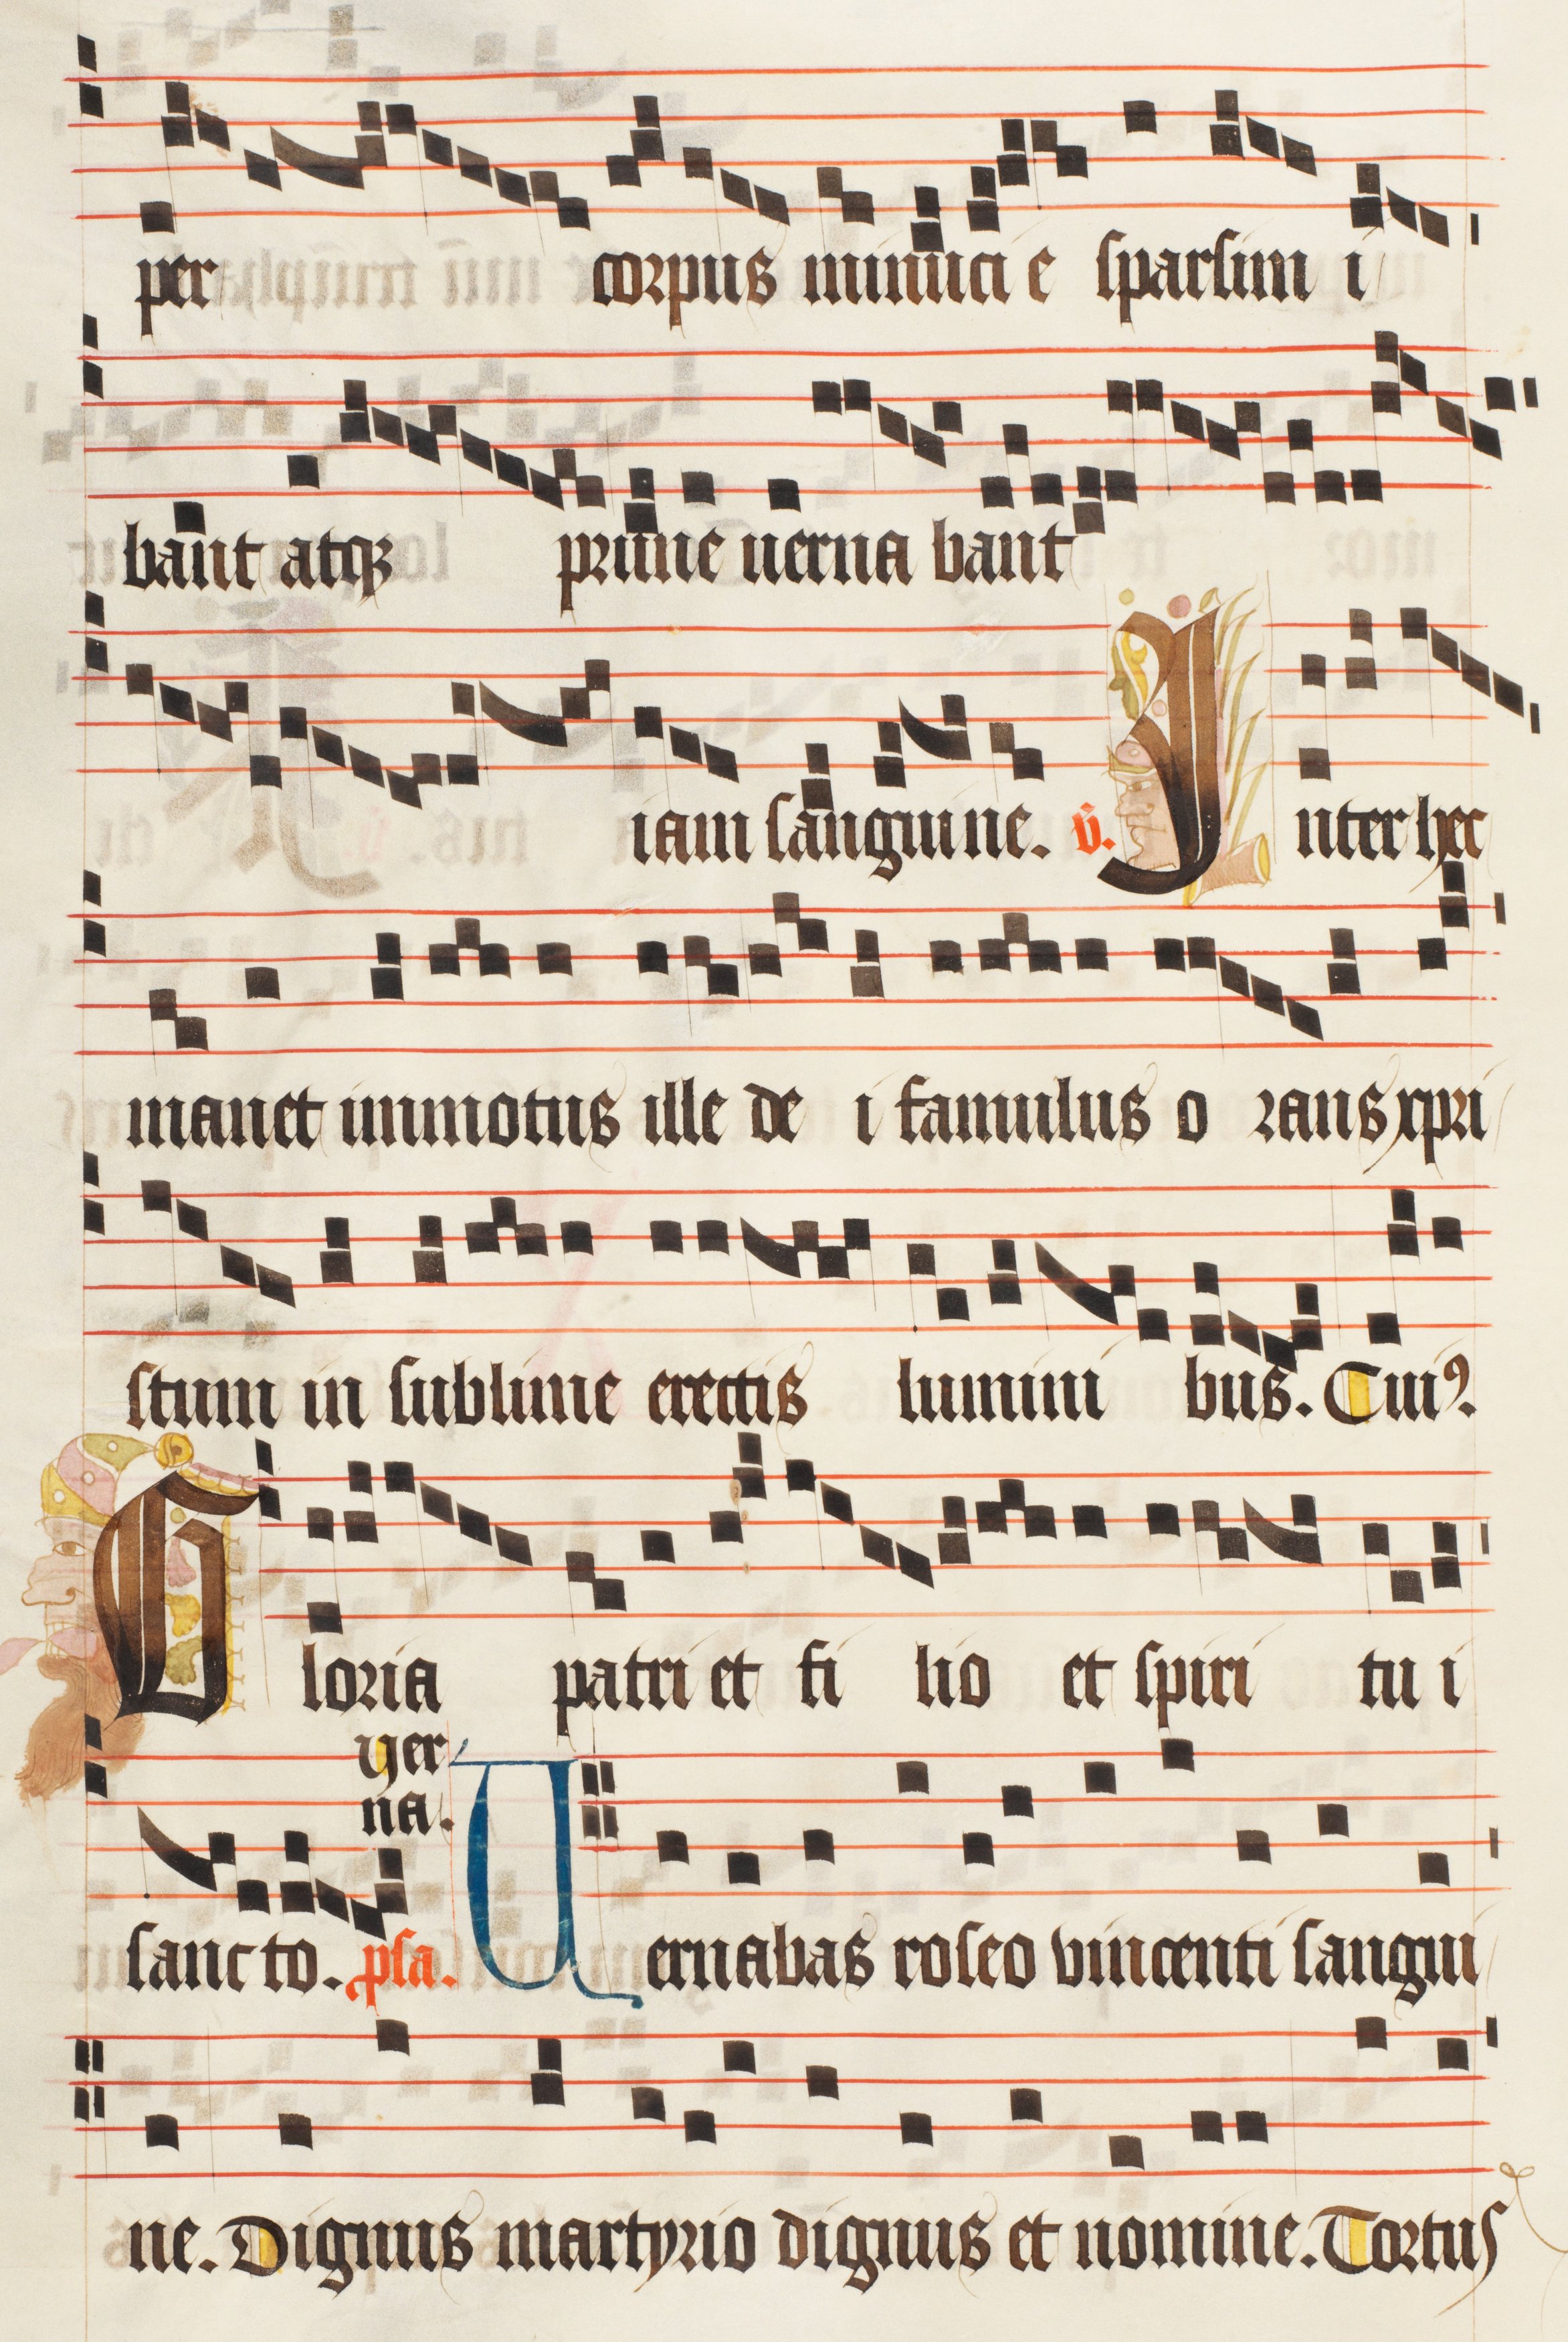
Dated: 1474–1505